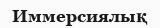
Иммерсиялық